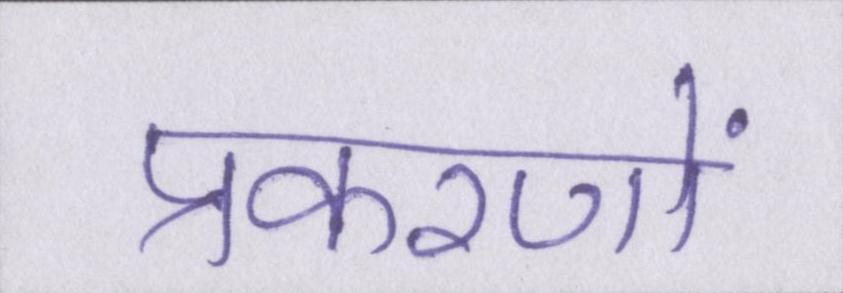
प्रकरणों